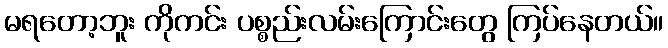
မရတော့ဘူး ကိုကင်း ပစ္စည်းလမ်းကြောင်းတွေ ကြပ်နေတယ်။